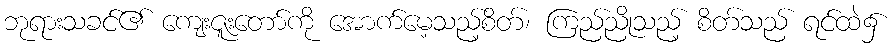
ဘုရားသခင်၏ ကျေးဇူးတော်ကို အောက်မေ့သည့်စိတ်၊ ကြည်ညိုသည့် စိတ်သည် ရင်ထဲ၌